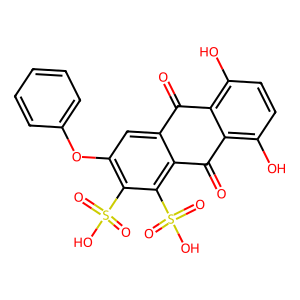
SMILES: O=C1c2cc(Oc3ccccc3)c(S(=O)(=O)O)c(S(=O)(=O)O)c2C(=O)c2c(O)ccc(O)c21
Inhibits HIV replication: No